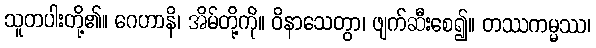
သူတပါးတို့၏။ ဂေဟာနိ၊ အိမ်တို့ကို။ ဝိနာသေတွာ၊ ဖျက်ဆီးစေ၍။ တဿကမ္မဿ၊